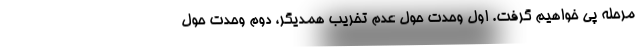
مرحله پی خواهیم گرفت. اول وحدت حول عدم تخریب همدیگر، دوم وحدت حول